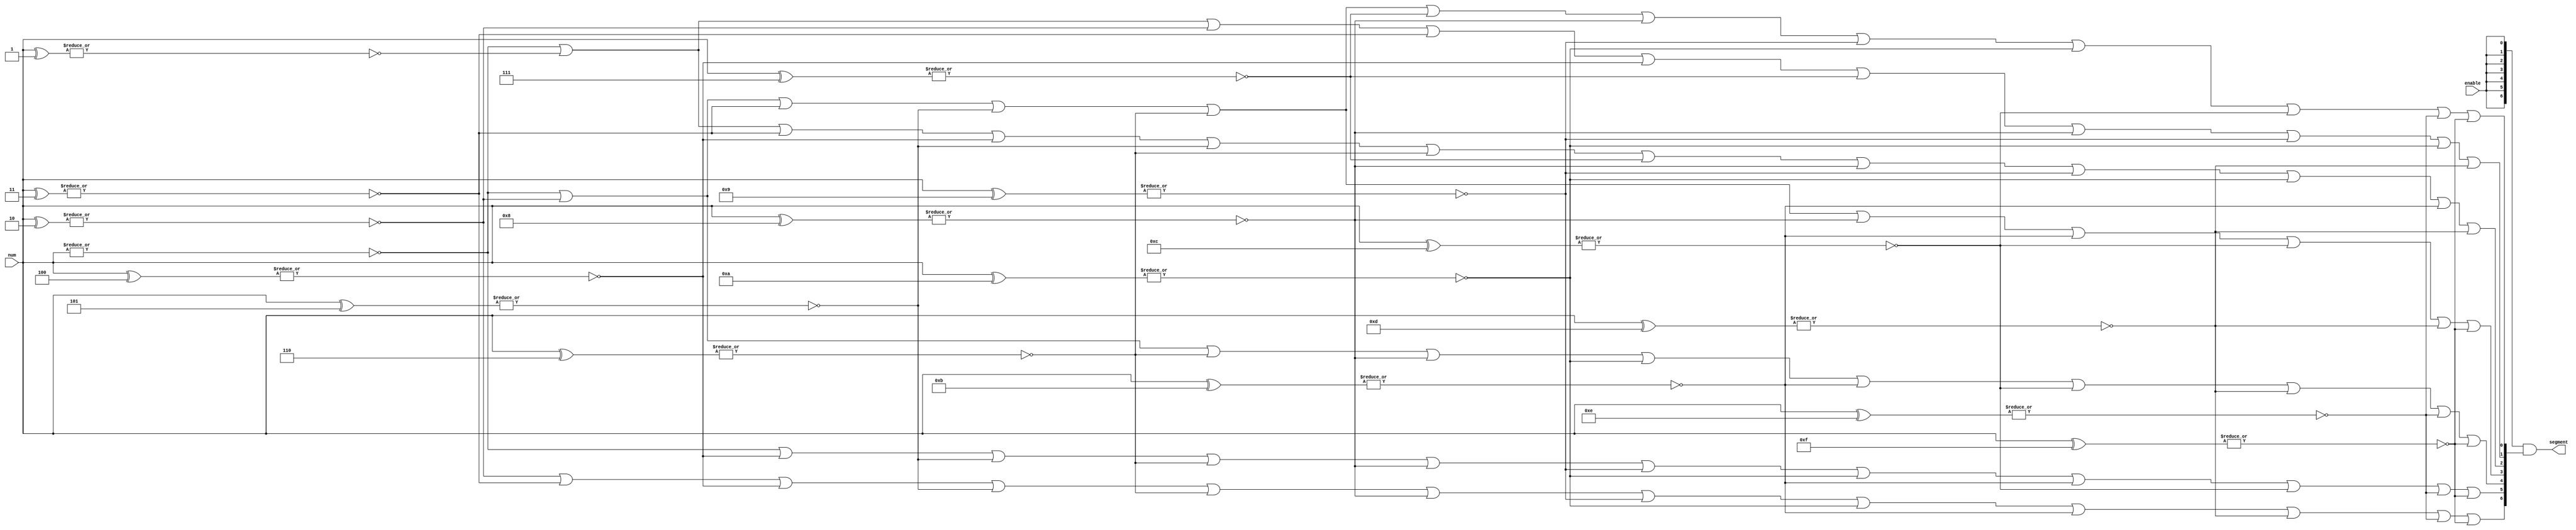

// --------------------------------------------------------------------
// >>>>>>>>>>>>>>>>>>>>>>>>> COPYRIGHT NOTICE <<<<<<<<<<<<<<<<<<<<<<<<<
// --------------------------------------------------------------------
// Copyright (c) 2019 by UCSD CSE 140L
// --------------------------------------------------------------------
//
// Permission:
//
//   This code for use in UCSD CSE 140L.
//   It is synthesisable for Lattice iCEstick 40HX.  
//
// Disclaimer:
//
//   This Verilog source code is intended as a design reference
//   which illustrates how these types of functions can be implemented.
//   It is the user's responsibility to verify their design for
//   consistency and functionality through the use of formal
//   verification methods.  
//
// -------------------------------------------------------------------- //      
//
//                     Lih-Feng Tsaur
//                     Bryan Chin
//                     UCSD CSE Department
//                     9500 Gilman Dr, La Jolla, CA 92093
//                     U.S.A
//
// --------------------------------------------------------------------
//
// bcd2segment
//
// convert binary coded decimal to seven segment display
//
//                        aaa
//                       f   b 
//                       f   b
//                       f   b				
//                        ggg
//                       e   c
//                       e   c
//                       e   c
//                        ddd 
//
// segment[0] - a     segment[3] - d    segment[6] - g
// segment[1] - b     segment[4] - e
// segment[2] - c     segment[5] - f
//
module bcd2segment (
		  output wire [6:0] segment,  // 7 drivers for segment
		  input  wire [3:0] num,       // number to convert
		  input wire enable          // if 1, drive display, else blank
		  );


   wire    zero = (~|num);
   wire	   one = (~|(num[3:0]^4'b0001));
   wire	   two = (~|(num[3:0]^4'b0010)); 
   wire	   three = (~|(num[3:0]^4'b0011));
   wire	   four = (~|(num[3:0]^4'b0100));
   wire	   five = (~|(num[3:0]^4'b0101));
   wire	   six = (~|(num[3:0]^4'b0110));
   wire	   seven = (~|(num[3:0]^4'b0111));
   wire    eight = (~|(num[3:0]^4'b1000));
   wire	   nine = (~|(num[3:0]^4'b1001));
   wire	   ten = (~|(num[3:0]^4'b1010));
   wire	   eleven = (~|(num[3:0]^4'b1011));
   wire    twelve = (~|(num[3:0]^4'b1100));
   wire	   thirteen = (~|(num[3:0]^4'b1101));
   wire    fourteen = (~|(num[3:0]^4'b1110));
   wire	   fifteen = (~|(num[3:0]^4'b1111));



   wire [6:0] segmentUQ;
   
   // a
   assign segmentUQ[0] =  (
		       zero | two | three | five | six | seven | eight | nine | ten |
		       twelve | fourteen | fifteen);
   // b
   assign segmentUQ[1] = (
		       zero | one | two | three | four | seven |
		       eight | nine | ten | thirteen);
   // c
   assign segmentUQ[2] = (
		      zero | one | three | four | five | six | seven |
		      eight | nine | ten | eleven | thirteen) ;
   
   // d
   assign segmentUQ[3] = ( 
				zero | two | three | five | six | eight| eleven |
				twelve | thirteen | fifteen );
   
   // e
   assign segmentUQ[4] = ( 
				zero | two | six | eight | ten | eleven | twelve | 
				thirteen | fourteen | fifteen );

   
   // f
   assign segmentUQ[5] = ( 
				zero | four | five | six | eight | nine | ten | eleven |
				twelve | fourteen | fifteen );

   // g
   assign segmentUQ[6] = ( 
				two | three | four | five | six | eight | nine | ten | eleven | 
				thirteen | fourteen | fifteen  );

   assign segment = {7{enable}} & segmentUQ;
   
endmodule